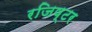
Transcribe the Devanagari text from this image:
रजिष्टर